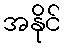
အနိုင်